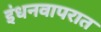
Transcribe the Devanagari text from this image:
इंधनवापरात